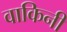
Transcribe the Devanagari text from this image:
वाकिनी